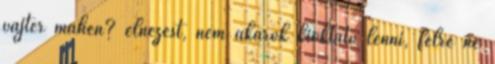
vájter máhen? elnézést, nem akarok kioktató lenni, félre ne